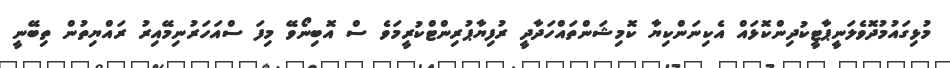
މުޅިގައުމުދޮވެލަނީޕާޓީކުދިންކޮޅައް އެކިނަންކިޔާ ކޮމިޝަންތައްހަދާދީ ރުފިޔާޕުރިންޓްކުރީމަވެ ސް އޮބިނޯވޭ މިފަ ސްއަހަރުނިމޭއިރު ރައްޔިތުން ތިބޭނީ